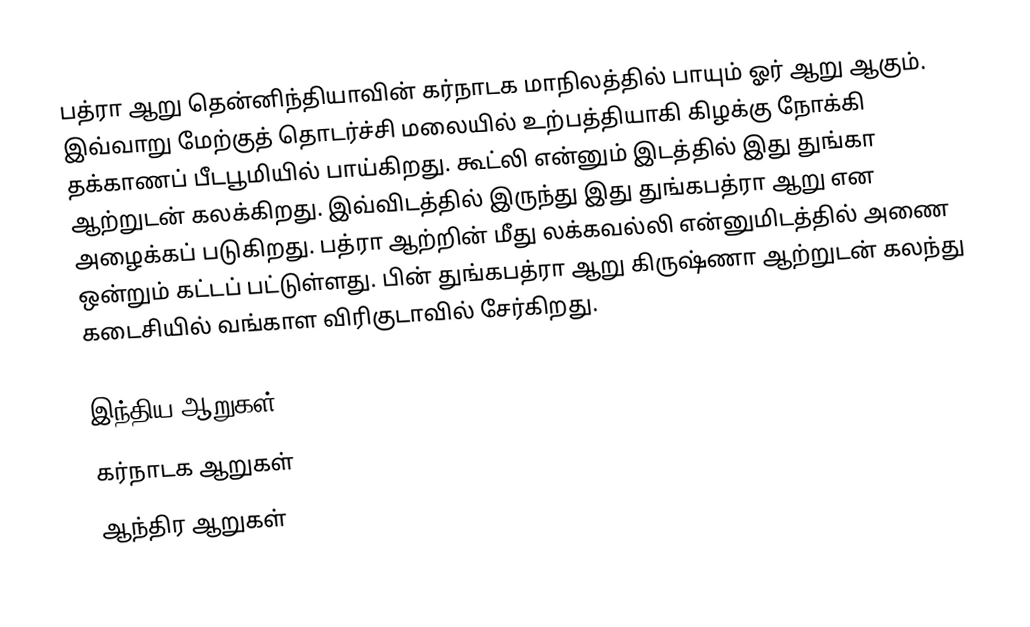
பத்ரா ஆறு தென்னிந்தியாவின் கர்நாடக மாநிலத்தில் பாயும் ஓர் ஆறு ஆகும். இவ்வாறு மேற்குத் தொடர்ச்சி மலையில் உற்பத்தியாகி கிழக்கு நோக்கி தக்காணப் பீடபூமியில் பாய்கிறது. கூட்லி என்னும் இடத்தில் இது துங்கா ஆற்றுடன் கலக்கிறது. இவ்விடத்தில் இருந்து இது துங்கபத்ரா ஆறு என அழைக்கப் படுகிறது. பத்ரா ஆற்றின் மீது லக்கவல்லி என்னுமிடத்தில் அணை ஒன்றும் கட்டப் பட்டுள்ளது. பின் துங்கபத்ரா ஆறு கிருஷ்ணா ஆற்றுடன் கலந்து கடைசியில் வங்காள விரிகுடாவில் சேர்கிறது.

இந்திய ஆறுகள்
கர்நாடக ஆறுகள்
ஆந்திர ஆறுகள்